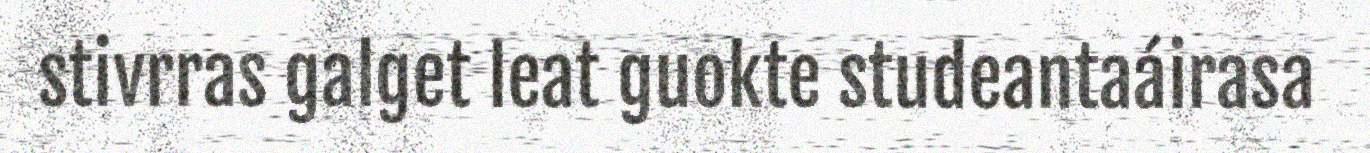
stivrras galget leat guokte studeantaáirasa